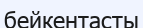
бейкентасты